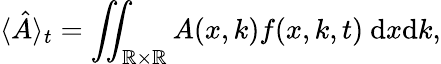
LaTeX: \langle\hat{A}\rangle_{t}=\iint_{\mathbb{R}\times\mathbb{R}}A(x,k)f(x,k,t)~\mathrm{d}x\mathrm{d}k,